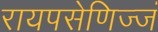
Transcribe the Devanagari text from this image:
रायपसेणिज्जं